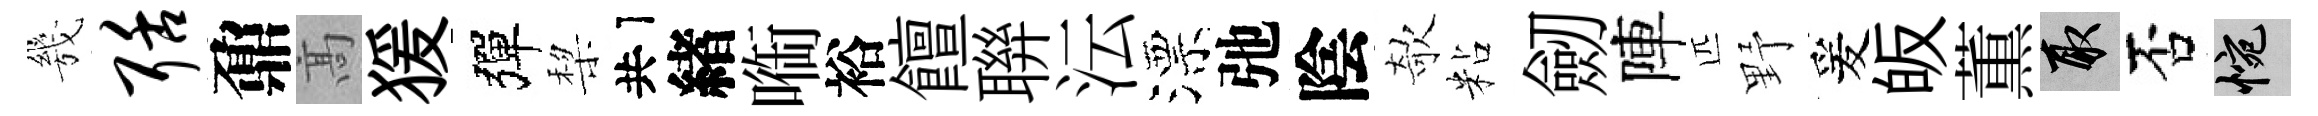
㡬聒鼐髙猨彈棃共緖㗸裕饘聨沄漂弛陰欹粘劒陣匹野爰皈薫取否惋